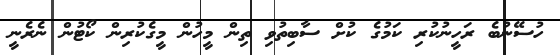
ހުސޭނުބެ ރަހީނުކުރި ކަމުގެ ކުށް ސާބިތުވި ތިން މީހުން މީގެކުރިން ކޯޓުން ނެރެނީ